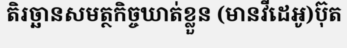
តិរច្ឆានសមត្ថកិច្ចឃាត់ខ្លួន (មានវីដេអូ)ប៊ុត